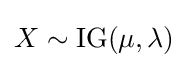
X\sim \operatorname {IG} (\mu ,\lambda )